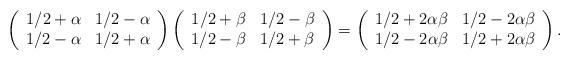
LaTeX: \begin{align*}\left(\begin{array}{cc}1/2 +\alpha & 1/2 -\alpha \\1/2 -\alpha & 1/2 +\alpha \\\end{array}\right) \left(\begin{array}{cc}1/2 +\beta & 1/2 -\beta \\1/2 -\beta & 1/2 +\beta \\\end{array}\right) = \left(\begin{array}{cc}1/2+ 2 \alpha \beta & 1/2 - 2 \alpha \beta \\1/2 - 2 \alpha \beta & 1/2 + 2 \alpha \beta \\\end{array}\right).\end{align*}